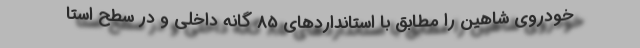
خودروي شاهين را مطابق با استانداردهاي 85 گانه داخلي و در سطح استا